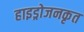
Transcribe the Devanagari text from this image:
हाइड्रोजनकृत